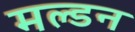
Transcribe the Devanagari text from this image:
मल्‍डन